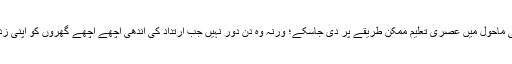
مسلم تنظیمیں اسکول وکالج کا قیام کریں، یونیورسٹیاں قائم کریں، جہاں اسلامی ماحول میں عصری تعلیم ممکن طریقے پر دی جاسکے؛ ورنہ وہ دن دور نہیں جب ارتداد کی آندھی اچھے اچھے گھروں کو اپنی زَد میں لے لے گی اور ہماری بچیاں سازش کا شکار ہوکر مرتد ہوتی رہیں گی۔